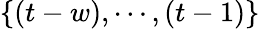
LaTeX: \{ (t-w),\cdots,(t-1)\}